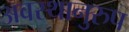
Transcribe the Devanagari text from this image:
अवस्थानुरुप